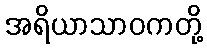
အရိယာသာဝကတို့